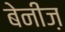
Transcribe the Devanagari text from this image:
बेनीज़